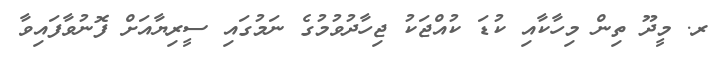
ރ. މީދޫ ތިން މިހާކާއި ކުޑަ ކުއްޖަކު ޖިހާދުވުމުގެ ނަމުގައި ސީރިޔާއަށް ފޮނުވާފައިވާ